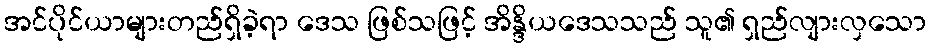
အင်ပိုင်ယာများတည်ရှိခဲ့ရာ ဒေသ ဖြစ်သဖြင့် အိန္ဒိယဒေသသည် သူ၏ ရှည်လျားလှသော